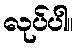
လုပ်ပါ။